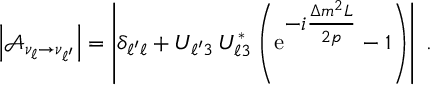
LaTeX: \left| \mathcal { A } _ { \nu _ { \ell } \to \nu _ { \ell ^ { \prime } } } \right| = \left| \delta _ { { \ell ^ { \prime } } { \ell } } + U _ { { \ell ^ { \prime } } 3 } \, U _ { { \ell } 3 } ^ { * } \left( \mathrm { e } ^ { \textstyle - i \frac { \Delta { m } ^ { 2 } L } { 2 p } } - 1 \right) \right| \; .